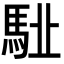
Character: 𩢩